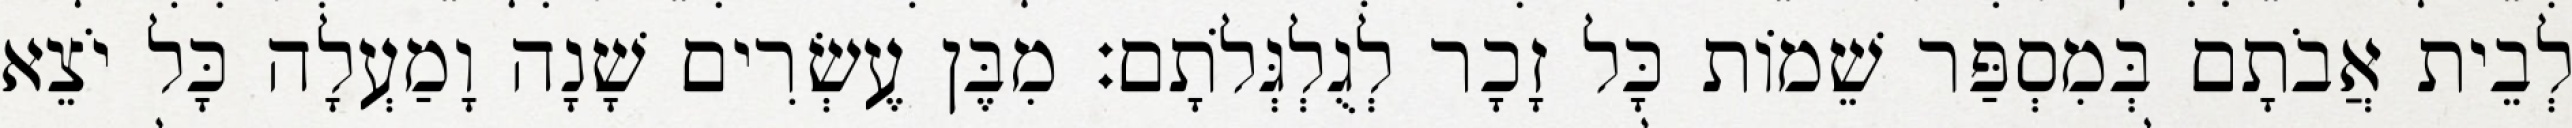
לְבֵית אֲבֹתָם בְּמִסְפַּר שֵׁמוֹת כָּל זָכָר לְגֻלְגְּלֹתָם׃ מִבֶּן עֶשְׂרִים שָׁנָה וָמַעְלָה כָּל יֹצֵא